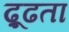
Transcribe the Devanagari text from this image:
ढ़ूढता